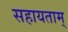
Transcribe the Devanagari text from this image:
सहायताम्